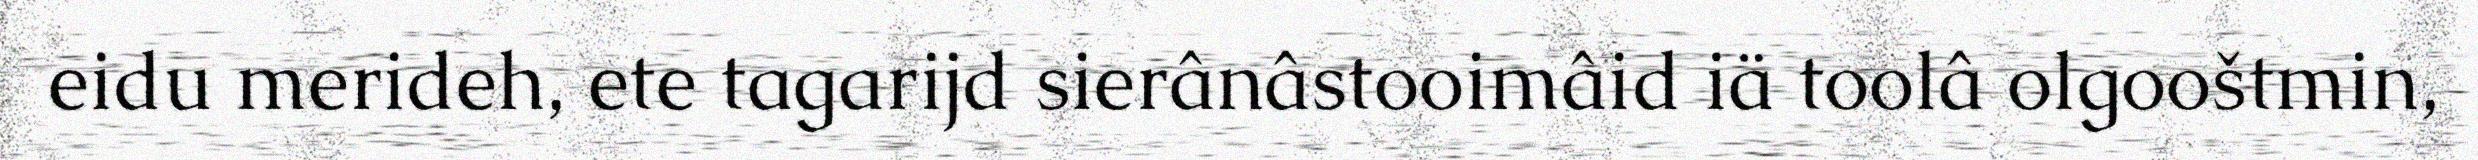
eidu merideh, ete tagarijd sierânâstooimâid iä toolâ olgooštmin,